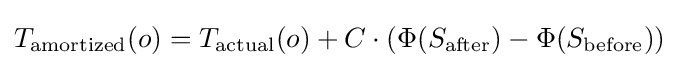
T_{\mathrm {amortized} }(o)=T_{\mathrm {actual} }(o)+C\cdot (\Phi (S_{\mathrm {after} })-\Phi (S_{\mathrm {before} }))